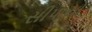
સીપાયો